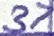
Text: 37